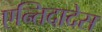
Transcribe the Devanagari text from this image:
एन्तिदादेस